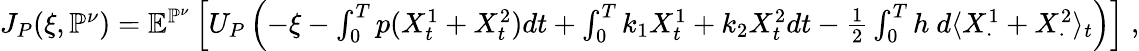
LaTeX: \begin{array}{r}{J_{P}(\xi,\mathbb{P}^{\nu})=\mathbb{E}^{\mathbb{P}^{\nu}}\left[U_{P}\left(-\xi-\int_{0}^{T}p(X_{t}^{1}+X_{t}^{2})dt+\int_{0}^{T}k_{1}X_{t}^{1}+k_{2}X_{t}^{2}dt-\frac 12\int_{0}^{T}h~d\langle X_{\cdot}^{1}+X_{\cdot}^{2}\rangle_{t}\right)\right]\; ,}\end{array}